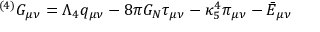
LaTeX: ^ { ( 4 ) } G _ { \mu \nu } = \Lambda _ { 4 } q _ { \mu \nu } - 8 \pi G _ { N } \tau _ { \mu \nu } - \kappa _ { 5 } ^ { 4 } \pi _ { \mu \nu } - \bar { E } _ { \mu \nu }